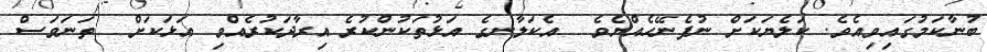
ބުނާކަމުގައިވިއެވެ. ކަލެޔަކަށް ނުފެނޭހެއްޔެވެ  އެކަލާނގެ އަޅުތަކުންކުރެ އިރާދަކުރެއްވި އަޅަކަށް  ތަނަވަސް